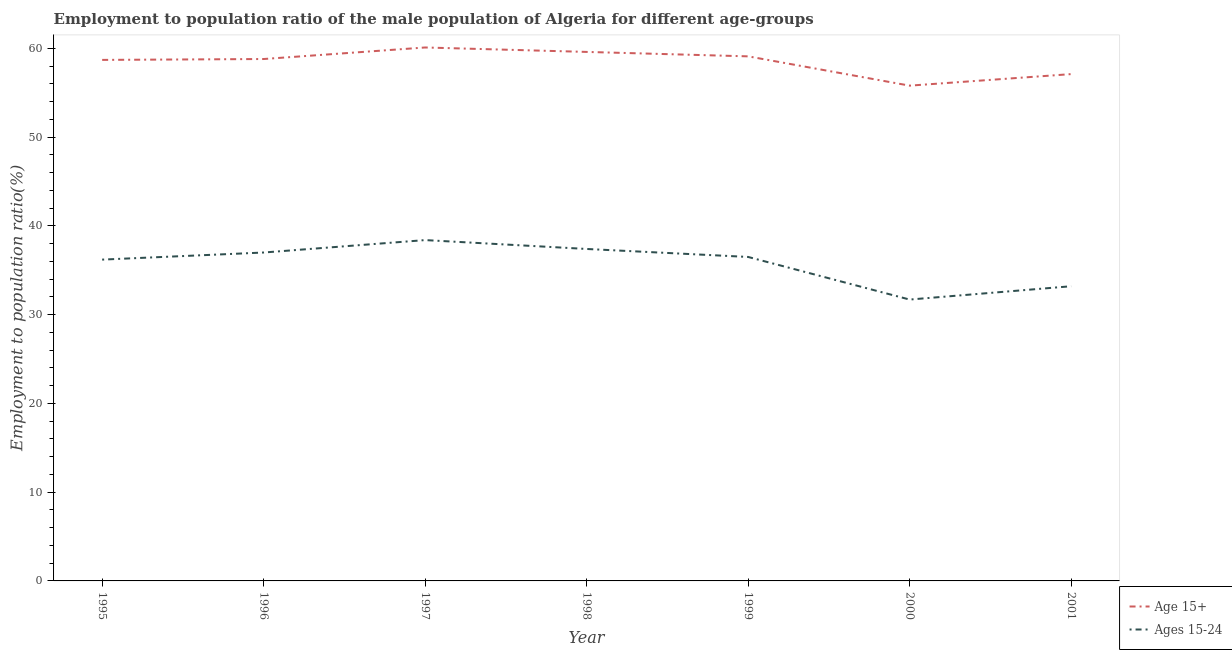
| Year | Age 15+ | Ages 15-24 |
 | --- | --- | --- |
 | 1995 | 58.7 | 36.2 |
 | 1996 | 58.8 | 37 |
 | 1997 | 60.1 | 38.4 |
 | 1998 | 59.6 | 37.4 |
 | 1999 | 59.1 | 36.5 |
 | 2000 | 55.8 | 31.7 |
 | 2001 | 57.1 | 33.2 |